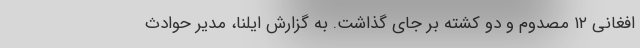
افغانی ۱۲ مصدوم و دو کشته بر جای گذاشت. به گزارش ایلنا، مدیر حوادث